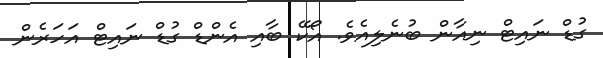
ގުޑް ނައިޓް ނިއާން ބުނެލިއެވެ. އޯކޭ ބާއި އެންޑް ގުޑް ނައިޓް އަހަރެން